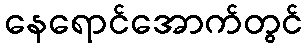
နေရောင်အောက်တွင်